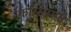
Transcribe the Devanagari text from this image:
करिस्सामो